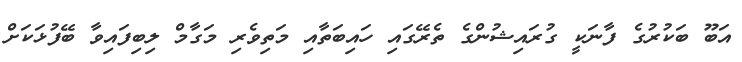
އަބޫ ބަކުރުގެ ފާނަކީ ގުރައިޝުންގެ ތެރޭގައި ހައިބަތާއި މަތިވެރި މަގާމް ލިބިފައިވާ ބޭފުޅަކަށް